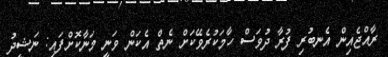
ރާއްޖެއިން އެނބުރި ފުރާ ދުވަސް ހާމަކުރެވޭކަށް ނެތް އެކަން ވަނީ މަނާކޮށްފައި: ނަޝީދު